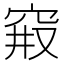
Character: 𱶷